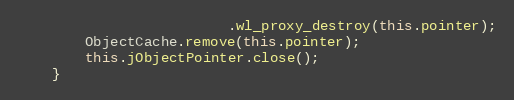
Language: Java
                         .wl_proxy_destroy(this.pointer);
        ObjectCache.remove(this.pointer);
        this.jObjectPointer.close();
    }